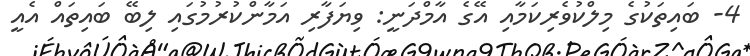
4- ބައިތަކުގެ މިލްކުވެރިކަމާއި އޭގެ އާމްދަނީ: ވިޔަފާރި އަމާންކުރުމުގައި ލިބޭ ބައިތައް އެއީ